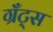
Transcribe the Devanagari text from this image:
ग्रँट्स